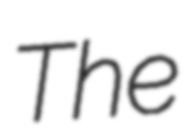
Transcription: The